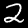
Digit: 2